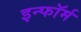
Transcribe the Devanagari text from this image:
इन्फॉर्म